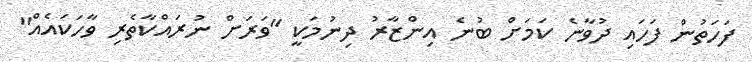
ފަހަތުން ފަހައި ދުވާނެ ކަމަށް ބުނެ އިންޒާރު ދިނުމަކީ "ވަރަށް ނުރައްކާތެރި ވާހަކައެއް"